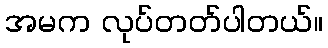
အမက လုပ်တတ်ပါတယ်။